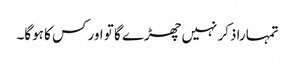
تمہارا ذکر نہیں چھڑے گا تو اور کس کا ہوگا۔